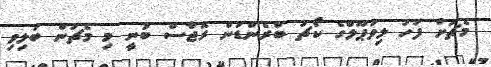
މެޗަށް ފަހު ލިވަޕޫލްގެ ކޯޗު ބްރެންޑަން ރޮޖާސް ބުނީ މި މެޗުން ބަލިވި